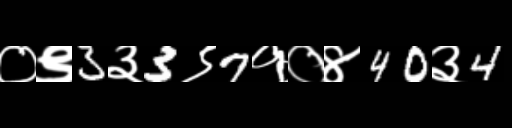
Text: ०९3३3९7१०४40३4